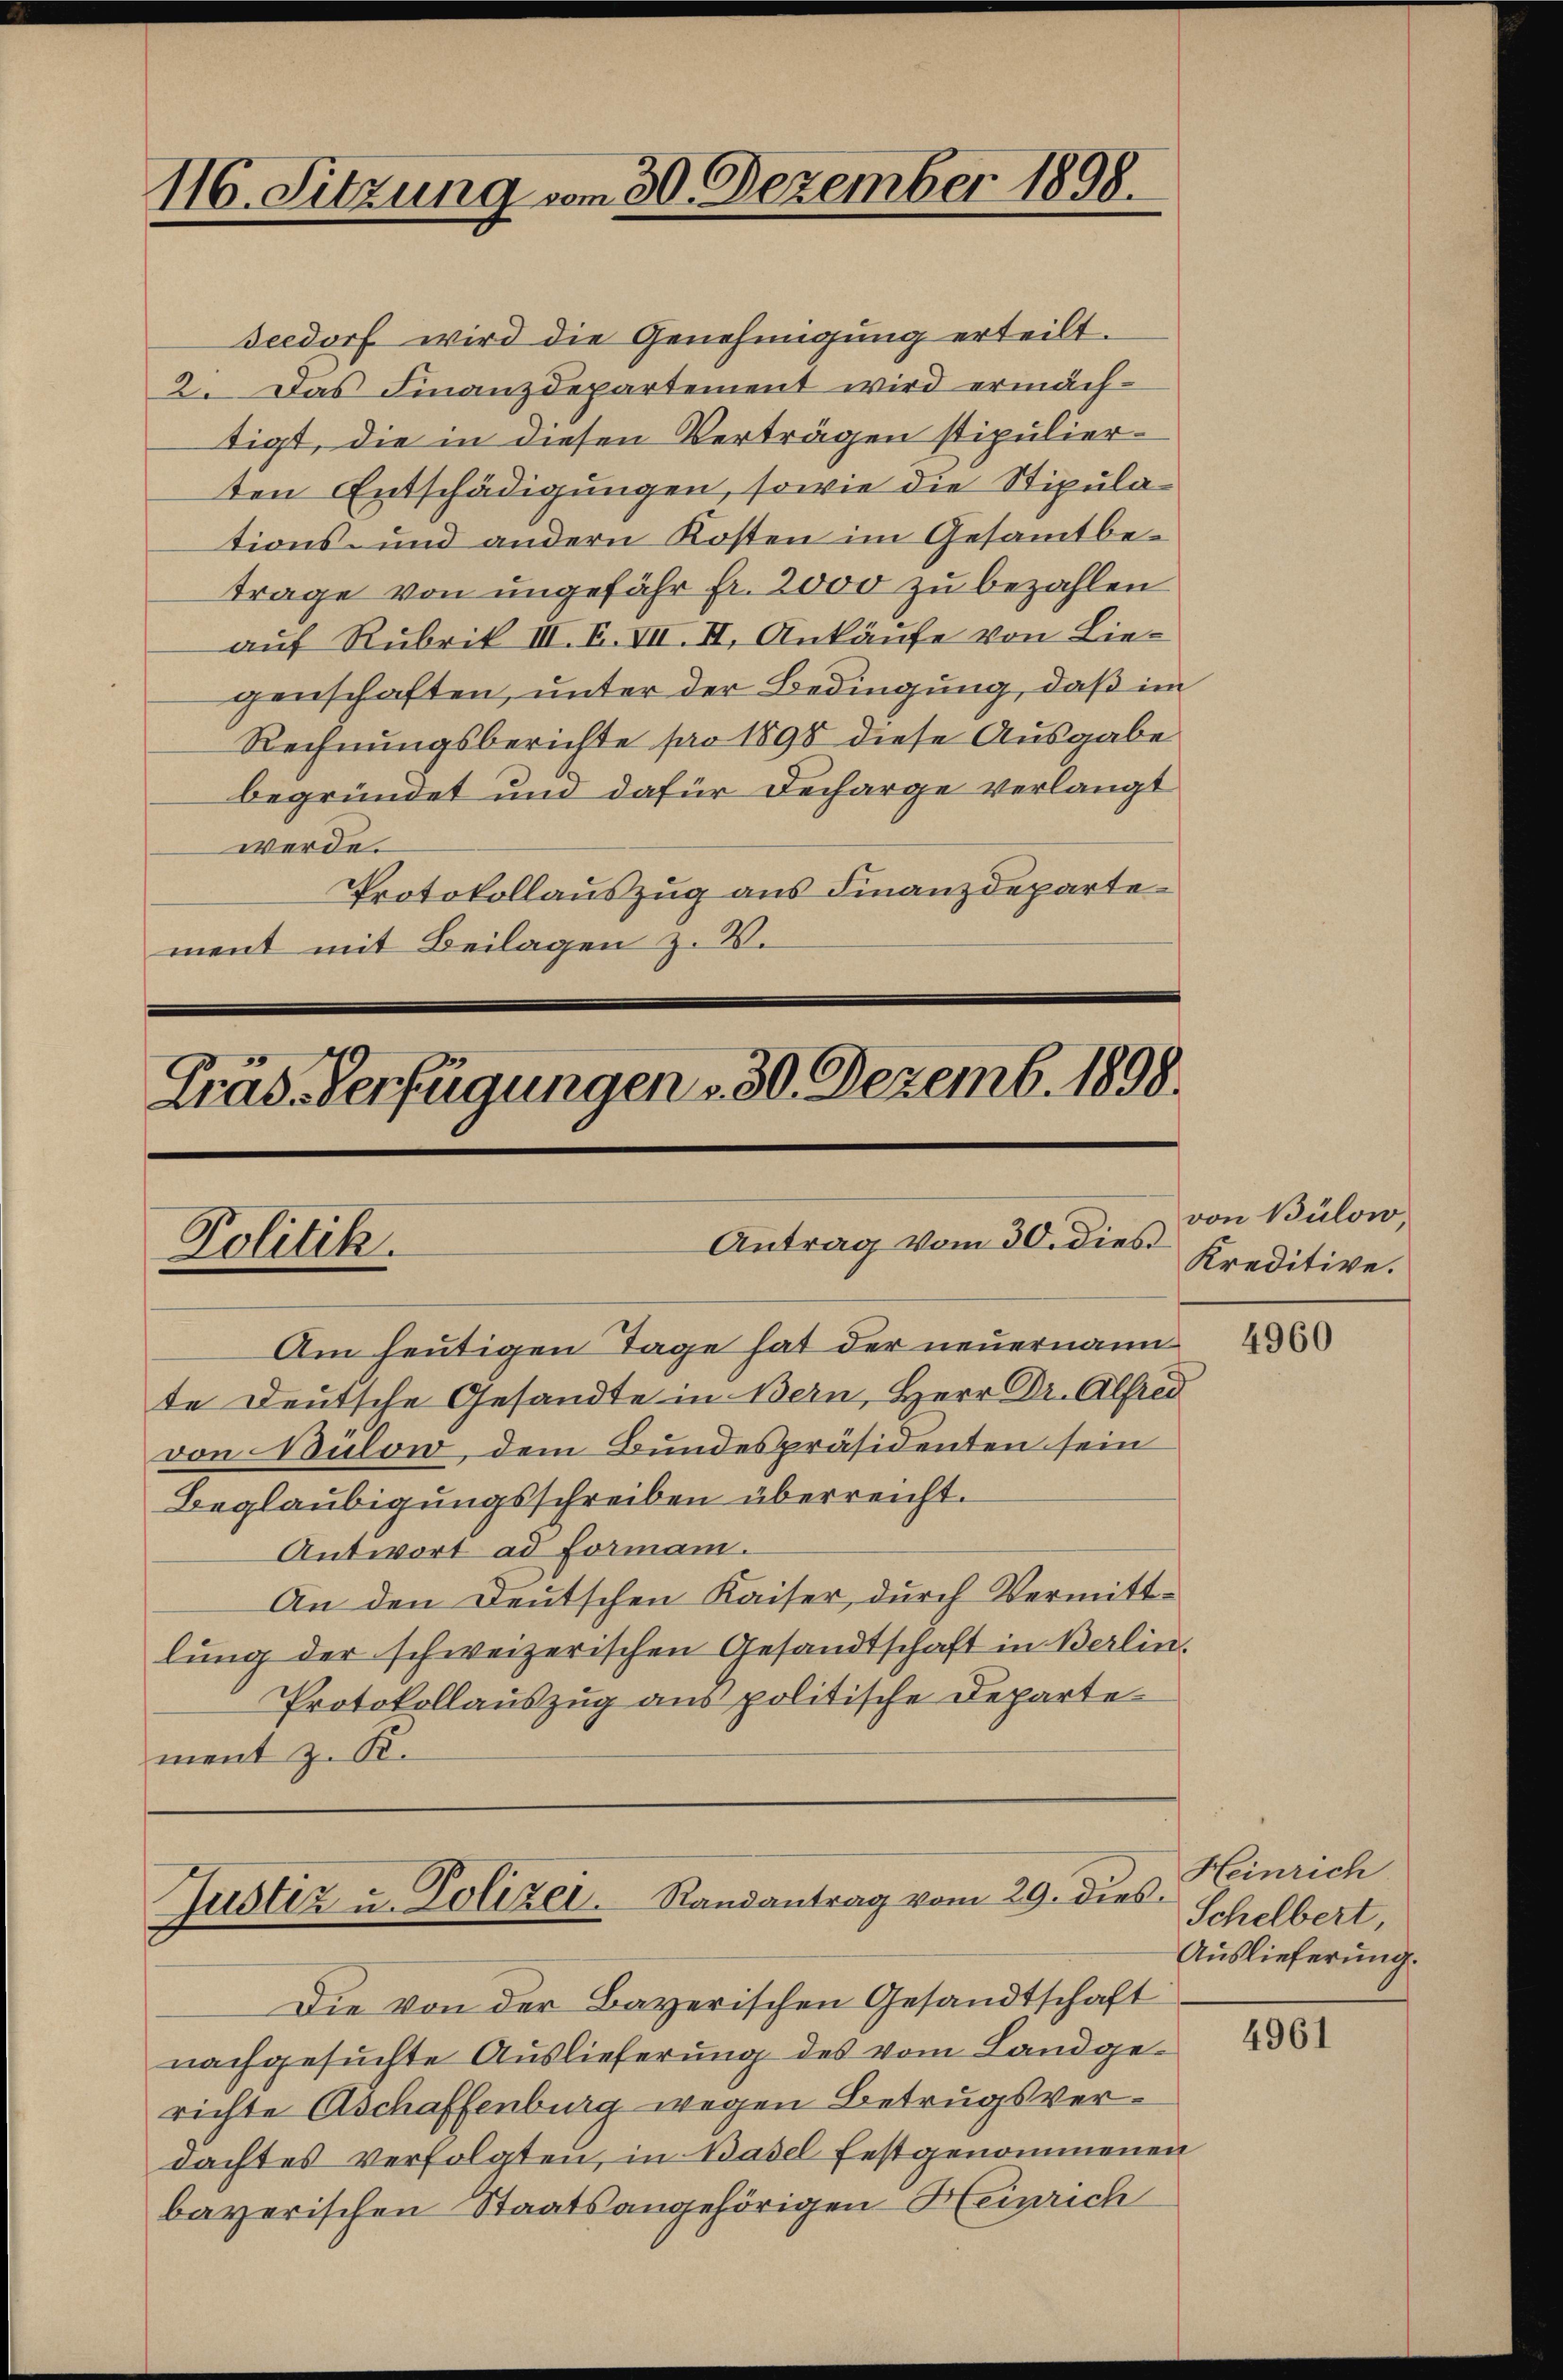
116. Sitzung vom 30. Dezember 1898.

Präs. Verfügungen - 30. Dezemb. 1898.
Antrag vom 30. dies
Politik.
Am heutigen Tage hat der neuernann

Seedorf wird die Genehmigung erteilt.
2. Das Finanzdepartement wird ermächtigt, die in diesen Verträgen stipulier-
ten Entschädigungen, sowie die Stipulations- und andern Kosten im Gesammtbetrage von ungefähr fr. 2000 zu bezahlen
auf Rubrik III. F. VII. II, Ankäufe von Liegenschaften, unter der Bedingung, daß im
Rechnungsberichte pro 1898 diese Ausgabe
begründet und dafür Decharge verlangt
werde.
Protokollauszug aus Finanzdepartement mit Beilagen z. V.

te Deutsche Gesandte in Bern, Herr Dr. Alfred
von Bülow, dem Bundespräsidenten sein
Beglaubigungsschreiben überreicht.
Antwort ad Forman.
An den Deutschen Kaiser, durch Vermittlung der schweizerischen Gesandtschaft in Berlin.
Protokollauszug aus politische Departement z. R.

Justiz u. Polizer. Randantrag vom 29. dies

Die von der Bayerischen Gesandtschaft
nachgesuchte Auslieferung des vom Landgerichte Aschaffenburg wegen Betrugsverdachtes verfolgten, in Basel festgenommenen
bayerischen Staatsangehörigen Heinrich

von Bülow,
Kreditive.

Heinrich
Schelbert,
Auslieferung.

4961